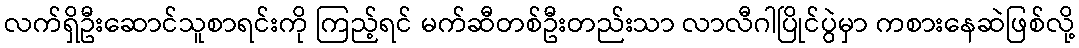
လက်ရှိဦးဆောင်သူစာရင်းကို ကြည့်ရင် မက်ဆီတစ်ဦးတည်းသာ လာလီဂါပြိုင်ပွဲမှာ ကစားနေဆဲဖြစ်လို့